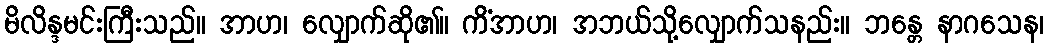
မိလိန္ဒမင်းကြီးသည်။ အာဟ၊ လျှောက်ဆို၏။ ကိံအာဟ၊ အဘယ်သို့လျှောက်သနည်း။ ဘန္တေ နာဂသေန၊